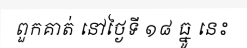
ពួកគាត់ នៅថ្ងៃទី ១៨ ធ្នូ នេះ